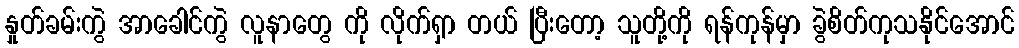
နှုတ်ခမ်းကွဲ အာခေါင်ကွဲ လူနာတွေ ကို လိုက်ရှာ တယ် ပြီးတော့ သူတို့ကို ရန်ကုန်မှာ ခွဲစိတ်ကုသနိုင်အောင်